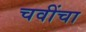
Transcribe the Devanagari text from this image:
चवींचा